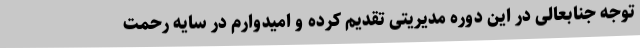
توجه جنابعالی در این دوره مدیریتی تقدیم کرده و امیدوارم در سایه رحمت